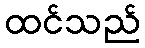
ထင်သည်